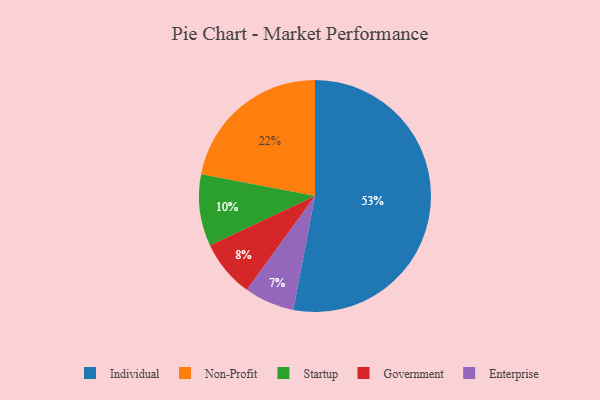
{"axis": {"x": "Category", "y": "Percentage"}, "legend": ["Enterprise", "Government", "Individual", "Non-Profit", "Startup"], "data": [{"x": "Non-Profit", "y": 22, "type": "Non-Profit"}, {"x": "Individual", "y": 53, "type": "Individual"}, {"x": "Startup", "y": 10, "type": "Startup"}, {"x": "Enterprise", "y": 7, "type": "Enterprise"}, {"x": "Government", "y": 8, "type": "Government"}]}